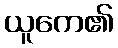
ယူကေ၏